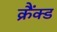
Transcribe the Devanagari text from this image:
क्रैंक्ड